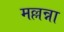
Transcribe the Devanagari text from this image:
मल्लन्ना